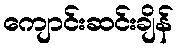
ကျောင်းဆင်းချိန်